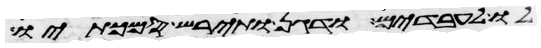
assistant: לו לעבדים ודגן ותירש סמכתיו